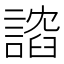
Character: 𫍈